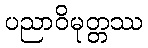
ပညာဝိမုတ္တဿ